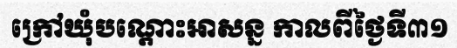
ក្រៅឃុំបណ្តោះអាសន្ន កាលពីថ្ងៃទី៣១